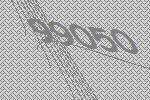
99050